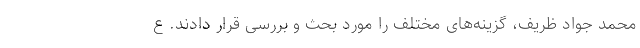
محمد جواد ظریف، گزینه‌های مختلف را مورد بحث و بررسی قرار دادند. ع